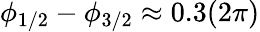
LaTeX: \phi_{1/2}-\phi_{3/2}\approx 0.3(2\pi)